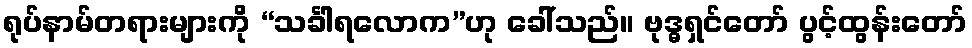
ရုပ်နာမ်တရားများကို “သင်္ခါရလောက”ဟု ခေါ်သည်။ ဗုဒ္ဓရှင်တော် ပွင့်ထွန်းတော်